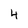
Character: 4